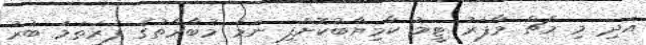
އަދި މި މެޗް މާފަރު ޓީމު ކާމިޔާބުކޮށްފި ނަމަ މުބާރާތުގެ ފުރަތަމަ ބުރު